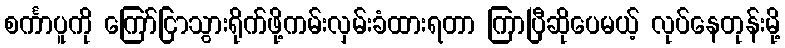
စင်္ကာပူကို ကြော်ငြာသွားရိုက်ဖို့ကမ်းလှမ်းခံထားရတာ ကြာပြီဆိုပေမယ့် လုပ်နေတုန်းမို့